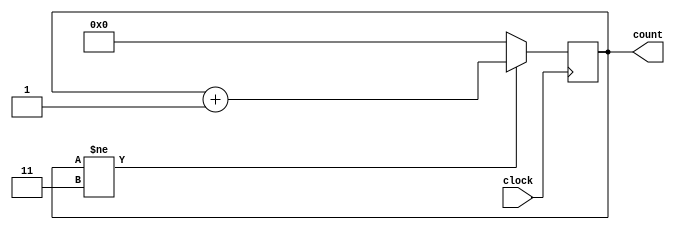
module counter(
    input clock,
    output reg [3:0] count
);

always @(posedge clock)
begin
    if(count != 3)
        count = count + 1;
    else
        count = 0;    
end

endmodule